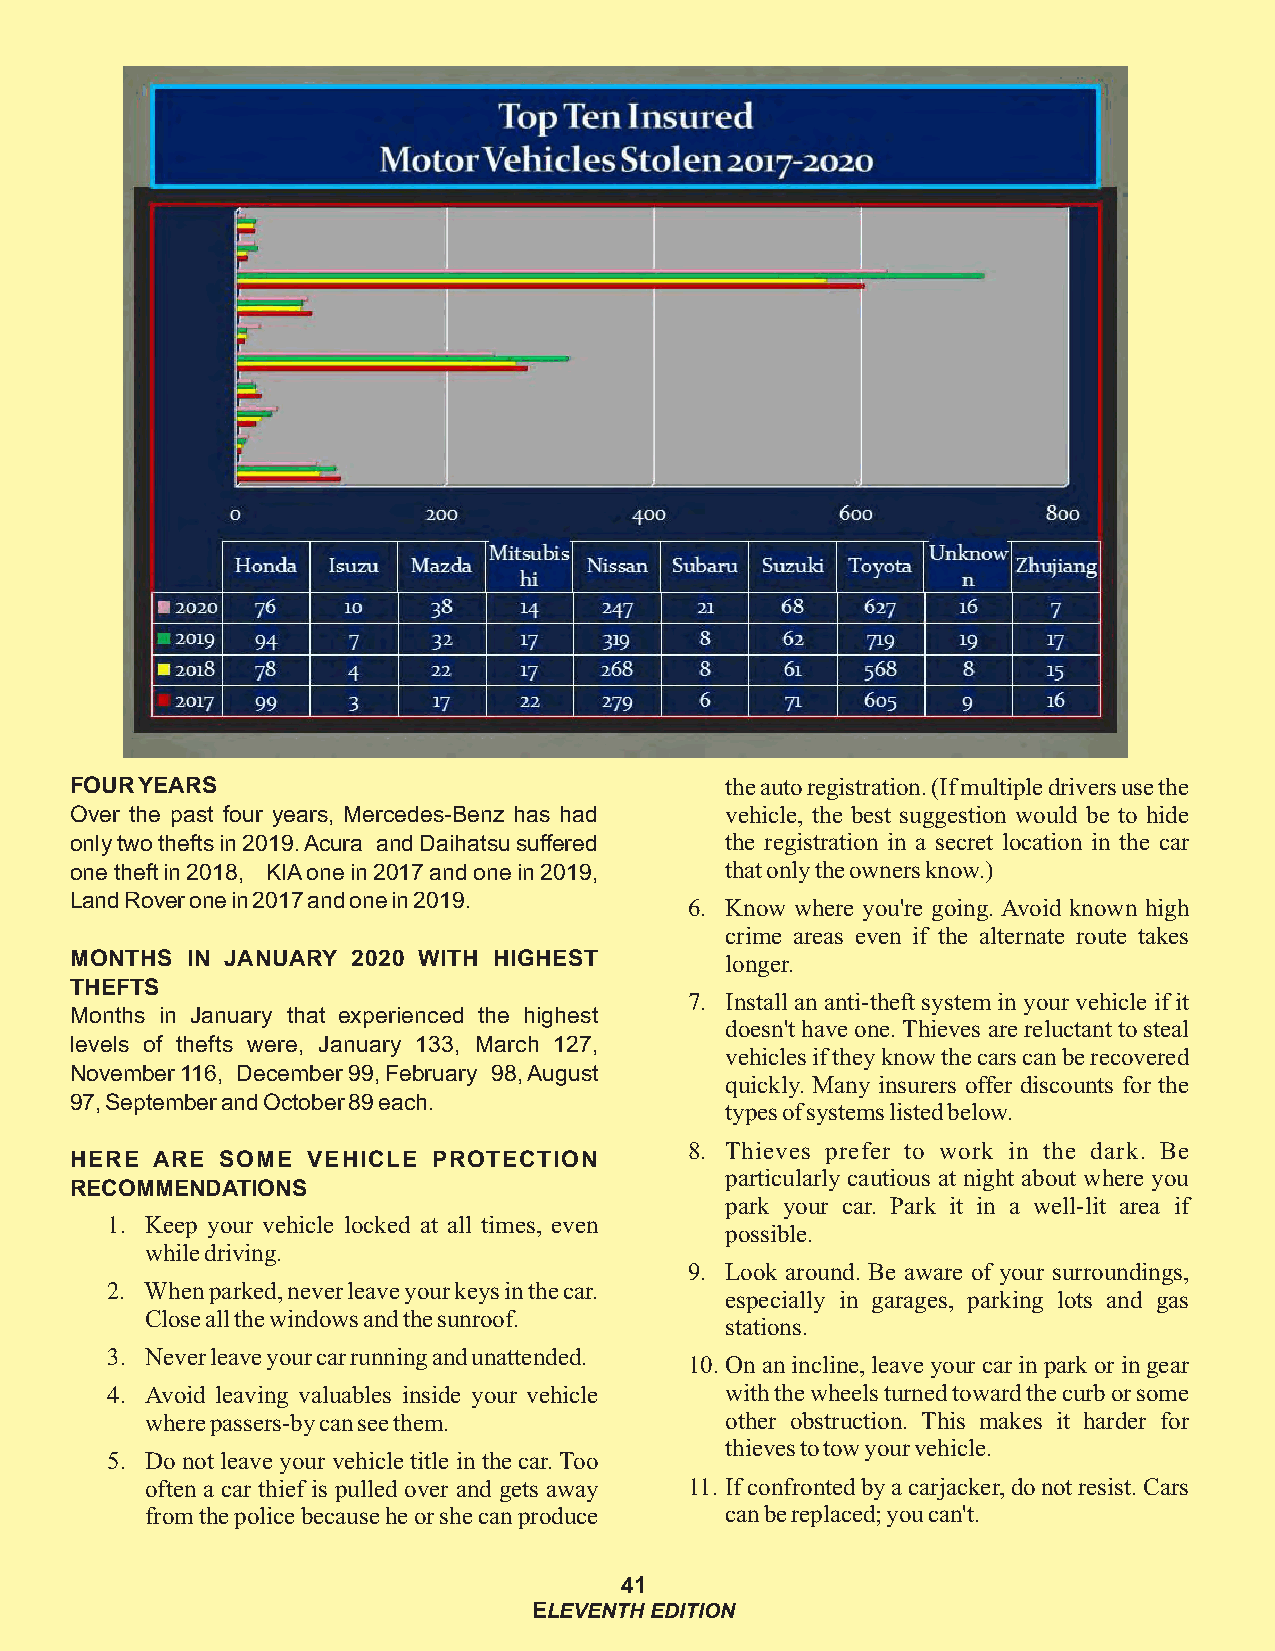
FOUR YEARS                                 the auto registration. (If multiple drivers use the
 Over the past four years, Mercedes-Benz has had vehicle, the best suggestion would be to hide
 only two thefts in 2019. Acura and Daihatsu suffered the registration in a secret location in the car
 one theft in 2018, KIA one in 2017 and one in 2019, that only the owners know.)
 Land Rover one in 2017 and one in 2019.  6. Know where you're going. Avoid known high
 crime areas even if the alternate route takes
 MONTHS IN JANUARY 2020 WITH HIGHEST        longer.
 THEFTS
 7. Install an anti-theft system in your vehicle if it
 Months in January that experienced the highest
 doesn't have one. Thieves are reluctant to steal
 levels of thefts were, January 133, March 127,
 vehicles if they know the cars can be recovered
 November 116, December 99, February 98, August
 quickly. Many insurers offer discounts for the
 97, September and October 89 each.
 types of systems listed below.
 8. Thieves prefer to work in the dark. Be
 HERE ARE  SOME VEHICLE  PROTECTION
 particularly cautious at night about where you
 RECOMMENDATIONS
 park your car. Park it in a well-lit area if
 1. Keep your vehicle locked at all times, even
 possible.
 while driving.
 9. Look around. Be aware of your surroundings,
 2. When parked, never leave your keys in the car.
 especially in garages, parking lots and gas
 Close all the windows and the sunroof.
 stations.
 3. Never leave your car running and unattended.
 10. On an incline, leave your car in park or in gear
 4. Avoid leaving valuables inside your vehicle with the wheels turned toward the curb or some
 where passers-by can see them.        other obstruction. This makes it harder for
 thieves to tow your vehicle.
 5. Do not leave your vehicle title in the car. Too
 often a car thief is pulled over and gets away 11. If confronted by a carjacker, do not resist. Cars
 from the police because he or she can produce can be replaced; you can't.
 41
 ELEVENTH EDITION